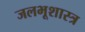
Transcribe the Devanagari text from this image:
जलभूशास्त्र